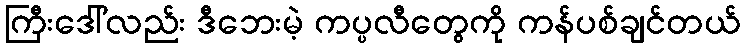
ကြီးဒေါ်လည်း ဒီဘေးမဲ့ ကပ္ပလီတွေကို ကန်ပစ်ချင်တယ်